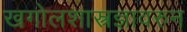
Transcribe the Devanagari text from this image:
खगोलशास्त्रज्ञावरुन